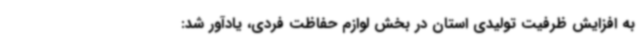
به افزایش ظرفیت تولیدی استان در بخش لوازم حفاظت فردی، یادآور شد: